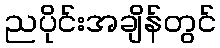
ညပိုင်းအချိန်တွင်